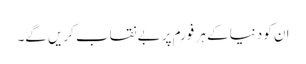
ان کو دنیا کے ہر فورم پر بے نقاب کریں گے۔